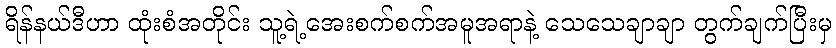
ရိန်နယ်ဒီဟာ ထုံးစံအတိုင်း သူ့ရဲ့အေးစက်စက်အမူအရာနဲ့ သေသေချာချာ တွက်ချက်ပြီးမှ